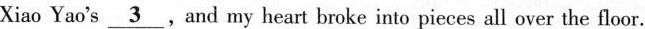
Xiao Yao's\underline{3},And my heart broke into pieces all over the floor.